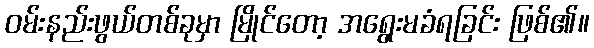
ဝမ်းနည်းဖွယ်တစ်ခုမှာ မြိုင်တော့ အရွေးမခံရခြင်း ဖြစ်၏။